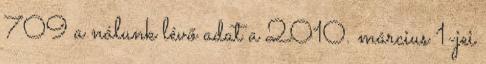
709 a nálunk lévő adat a 2010. március 1-jei